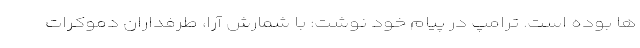
ها بوده است. ترامپ در پیام خود نوشت: با شمارش آرا، طرفداران دموکرات